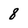
Character: 8